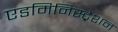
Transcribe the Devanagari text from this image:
एडमिनिस्‍ट्रेशन